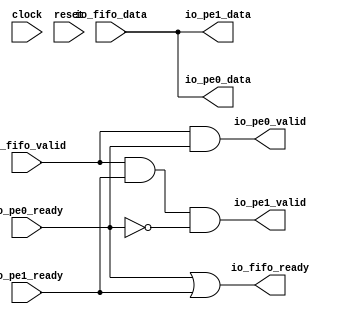
// This program was cloned from: https://github.com/wilfredkisku/CHISEL3-PROJECTS
// License: The Unlicense

module Arbiter(
  input         clock,
  input         reset,
  input         io_fifo_valid, // @[IdeaProjects/BootCamp/BC_module_example/src/main/scala/Arbiter.scala 5:14]
  output        io_fifo_ready, // @[IdeaProjects/BootCamp/BC_module_example/src/main/scala/Arbiter.scala 5:14]
  input  [15:0] io_fifo_data, // @[IdeaProjects/BootCamp/BC_module_example/src/main/scala/Arbiter.scala 5:14]
  output        io_pe0_valid, // @[IdeaProjects/BootCamp/BC_module_example/src/main/scala/Arbiter.scala 5:14]
  input         io_pe0_ready, // @[IdeaProjects/BootCamp/BC_module_example/src/main/scala/Arbiter.scala 5:14]
  output [15:0] io_pe0_data, // @[IdeaProjects/BootCamp/BC_module_example/src/main/scala/Arbiter.scala 5:14]
  output        io_pe1_valid, // @[IdeaProjects/BootCamp/BC_module_example/src/main/scala/Arbiter.scala 5:14]
  input         io_pe1_ready, // @[IdeaProjects/BootCamp/BC_module_example/src/main/scala/Arbiter.scala 5:14]
  output [15:0] io_pe1_data // @[IdeaProjects/BootCamp/BC_module_example/src/main/scala/Arbiter.scala 5:14]
);
  assign io_fifo_ready = io_pe0_ready | io_pe1_ready; // @[IdeaProjects/BootCamp/BC_module_example/src/main/scala/Arbiter.scala 22:33]
  assign io_pe0_valid = io_fifo_valid & io_pe0_ready; // @[IdeaProjects/BootCamp/BC_module_example/src/main/scala/Arbiter.scala 23:33]
  assign io_pe0_data = io_fifo_data; // @[IdeaProjects/BootCamp/BC_module_example/src/main/scala/Arbiter.scala 25:15]
  assign io_pe1_valid = io_fifo_valid & io_pe1_ready & ~io_pe0_ready; // @[IdeaProjects/BootCamp/BC_module_example/src/main/scala/Arbiter.scala 24:49]
  assign io_pe1_data = io_fifo_data; // @[IdeaProjects/BootCamp/BC_module_example/src/main/scala/Arbiter.scala 26:15]
endmodule